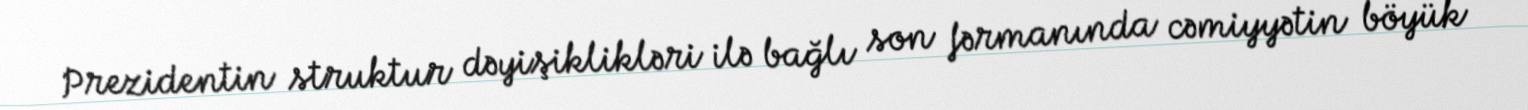
Prezidentin struktur dəyişiklikləri ilə bağlı son fərmanında cəmiyyətin böyük